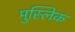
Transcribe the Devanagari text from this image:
मुस्लिक